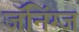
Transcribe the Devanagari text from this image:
जॅनिंग्ज